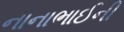
નાનાભાઈની